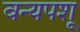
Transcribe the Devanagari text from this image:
वन्यपशू